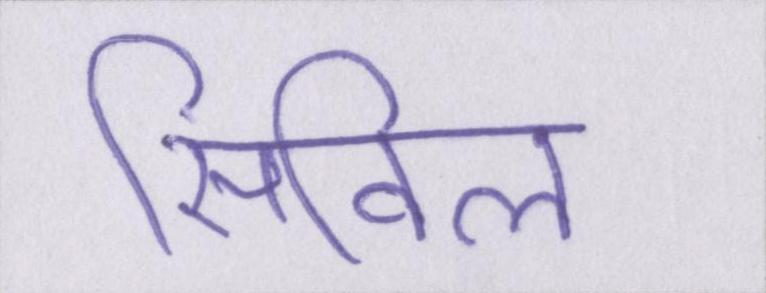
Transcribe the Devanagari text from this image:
सिविल